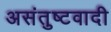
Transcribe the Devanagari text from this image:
असंतुष्टवादी